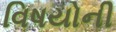
વિષયોની